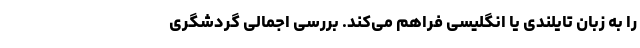
را به زبان تایلندی یا انگلیسی فراهم می‌کند. بررسی اجمالی گردشگری